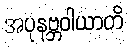
အပုနဗ္ဘဝါယာတိ